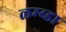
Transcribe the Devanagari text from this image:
लम्ब्डा